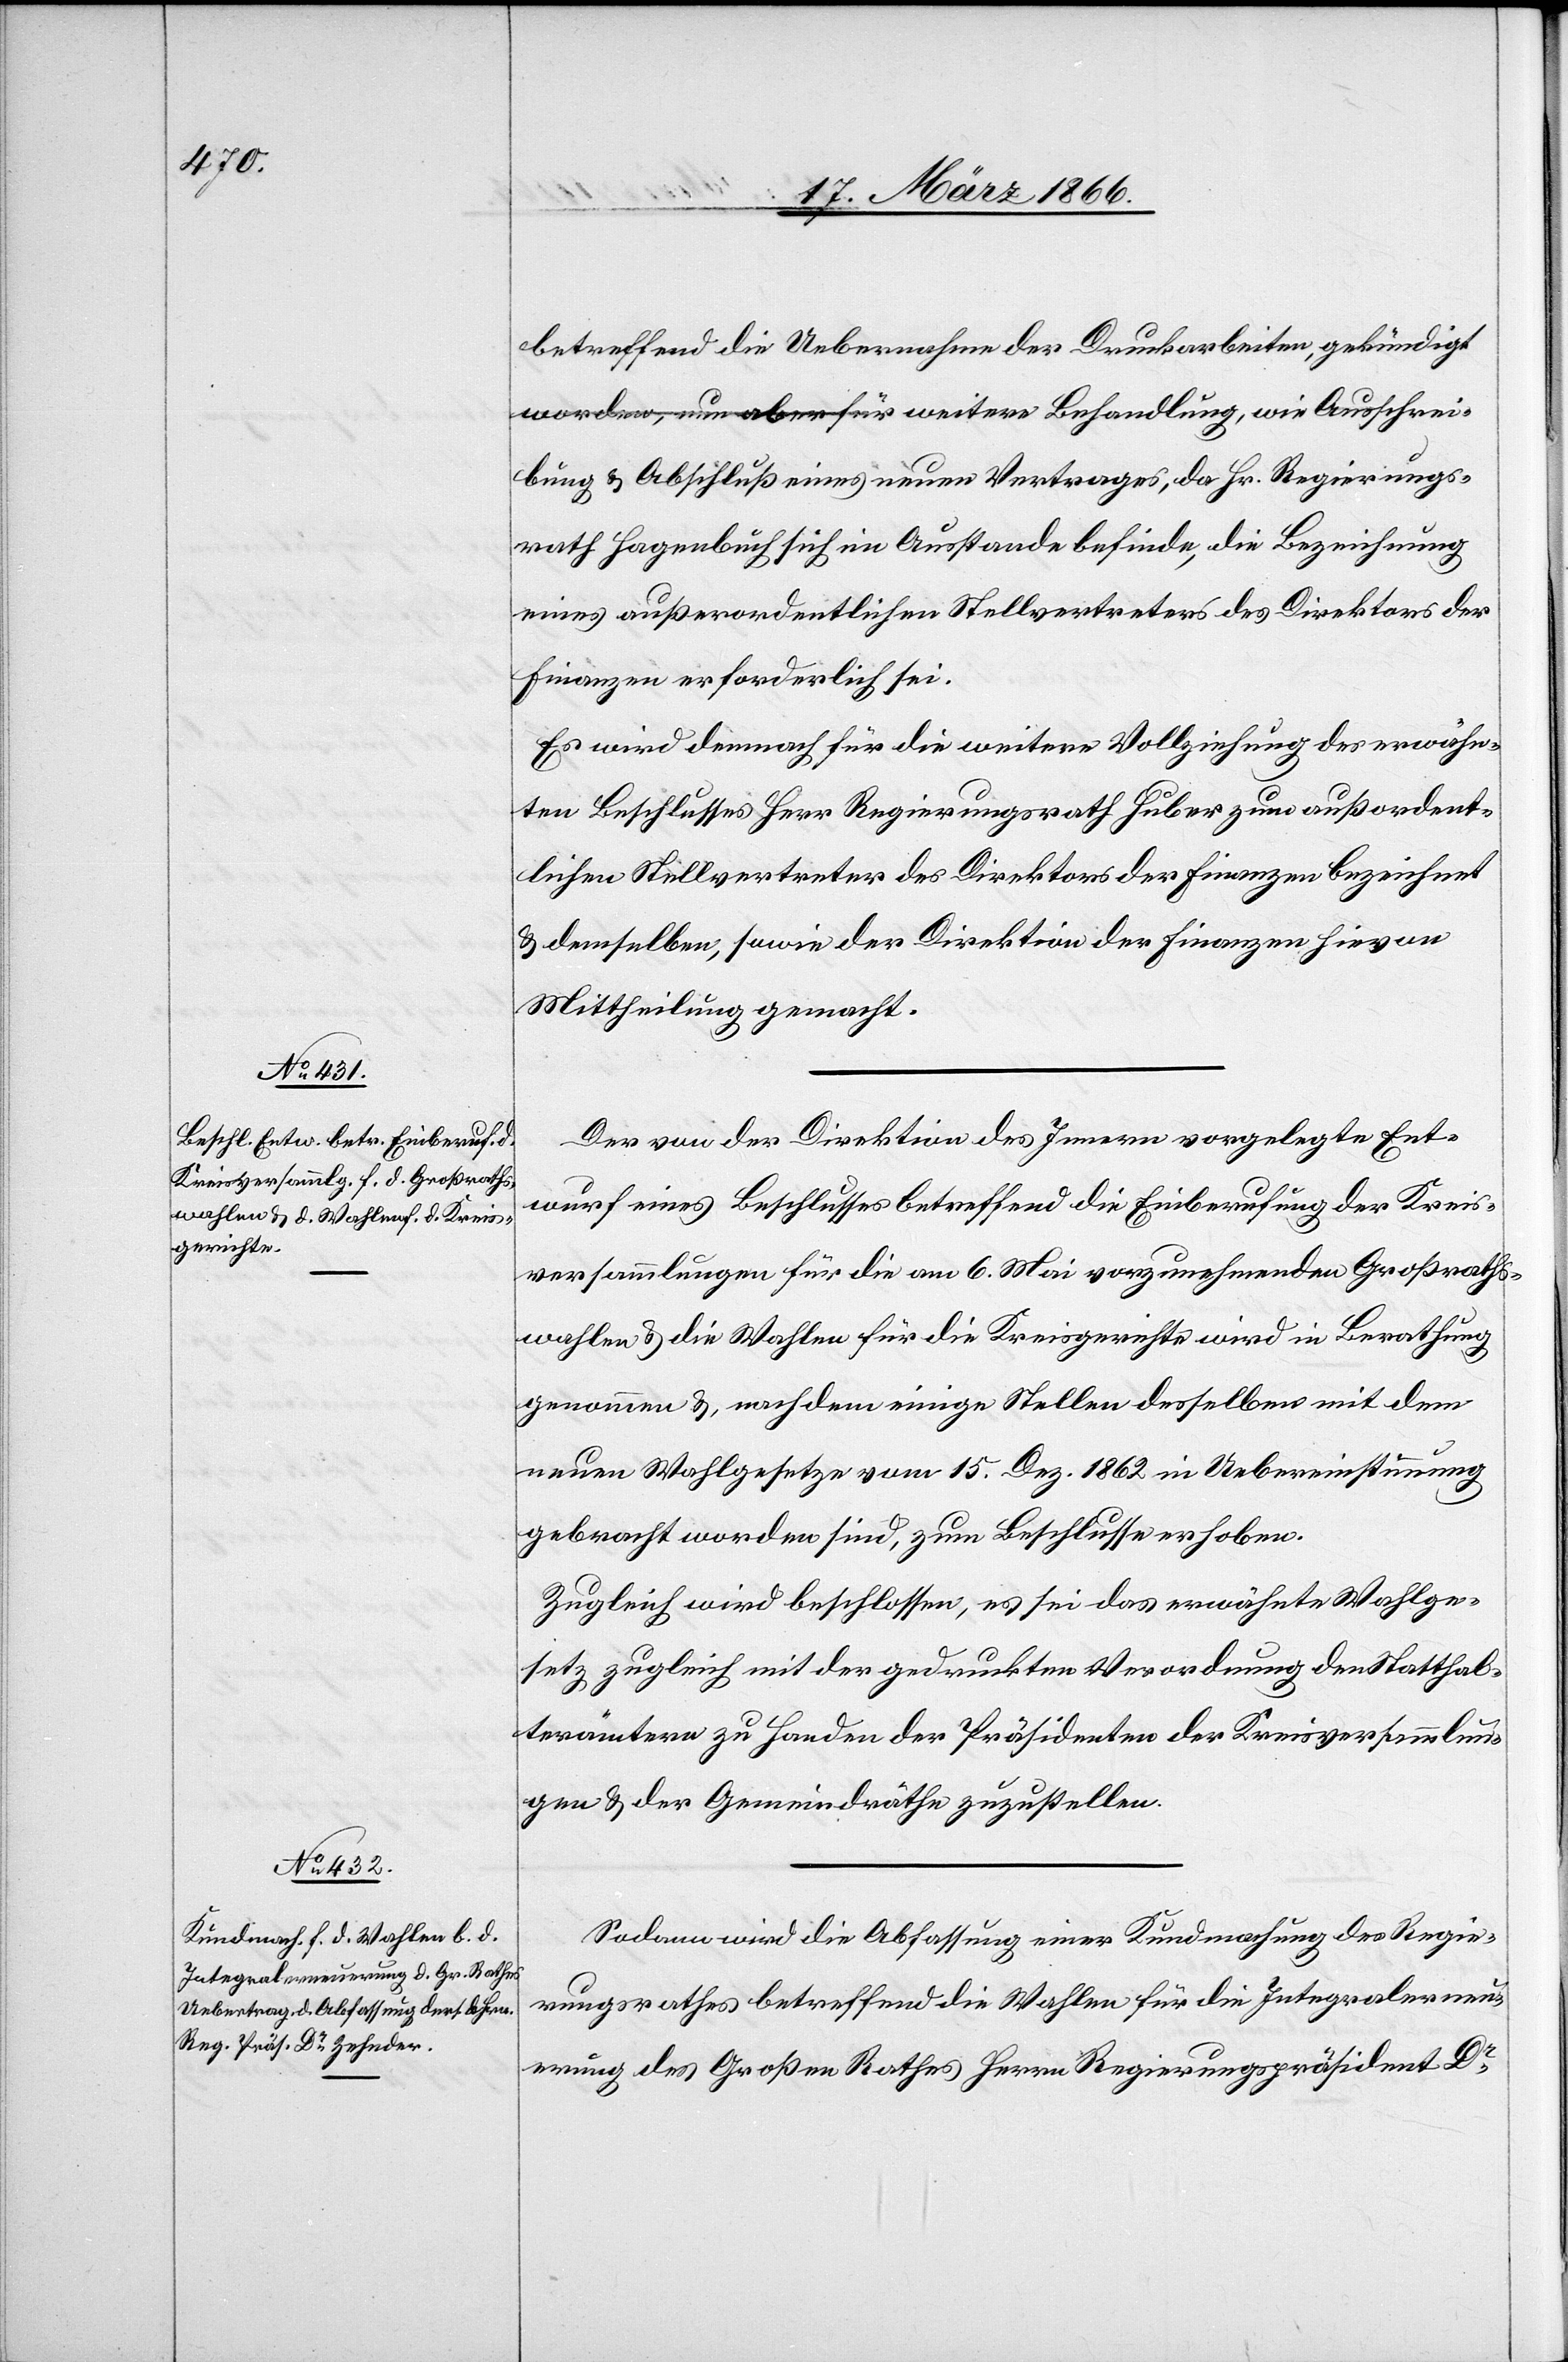
betreffend die Uebernahme der Druckarbeiten, gekündigt
worden, nun aber für weitere Behandlung, wie Ausschrei¬
bung u. Abschluß eines neuen Vertrages, da Hr. Regierungs¬
rath Hagenbuch sich im Ausstande befinde, die Bezeichnung
eines außerordentlichen Stellvertreters des Direktors der
Finanzen erforderlich sei.
Es wird demnach für die weitere Vollziehung des erwähn¬
ten Beschlusses Herr Regierungsrath Huber zum außerordent¬
lichen Stellvertreter des Direktors der Finanzen bezeichnet
u. demselben, sowie der Direktion der Finanzen hievon
Mittheilung gemacht.
Der von der Direktion des Innern vorgelegte Ent¬
wurf eines Beschlusses betreffend die Einberufung der Kreis¬
versammlungen für die am 6. Mai vorzunehmenden Großraths¬
wahlen u. die Wahlen für die Kreisgerichte wird in Berathung
genommen u. nachdem einige Stellen desselben mit dem
neuen Wahlgesetze vom 15. Dez. 1862 in Uebereinstimmung
gebracht worden sind, zum Beschlusse erhoben.
Zugleich wird beschlossen, es sei das erwähnte Wahlge¬
setz zugleich mit der gedruckten Verordnung den Statthal¬
terämtern zu Handen der Präsidenten der Kreisversammlun¬
gen u. der Gemeindräthe zuzustellen.
Sodann wird die Abfassung einer Kundmachung des Regie¬
rungsrathes betreffend die Wahlen für die Integralerneu¬
erung des Großen Rathes Herrn Regierungspräsidenten Dr.